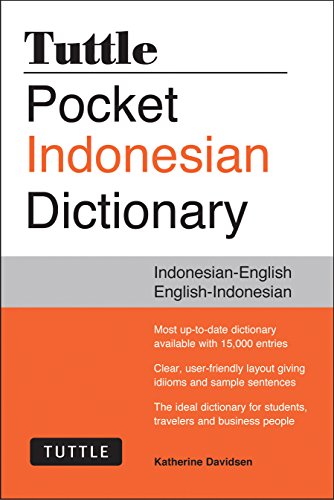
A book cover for Tuttle Pocket Indonesian Dictionary: Indonesian-English English-Indonesian (Tuttle Pocket Dictionaries); Katherine Davidsen; Travel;